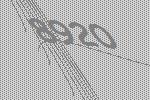
8920